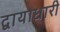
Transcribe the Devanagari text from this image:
द्वायाधारी